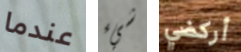
عندما شيء أركضي